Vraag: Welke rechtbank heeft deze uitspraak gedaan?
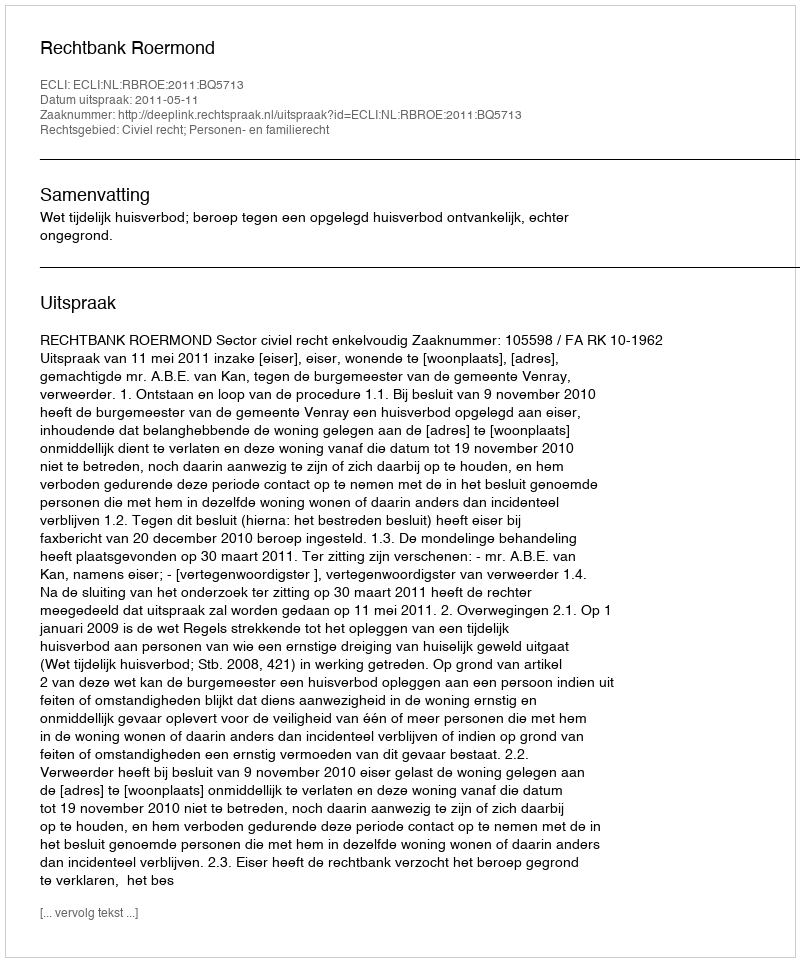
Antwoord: Rechtbank Roermond